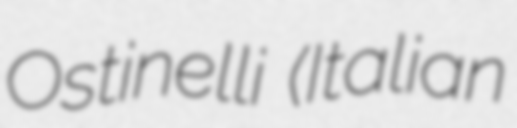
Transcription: Ostinelli (Italian